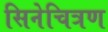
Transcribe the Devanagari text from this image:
सिनेचित्रण